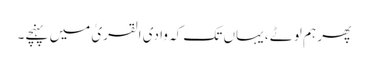
پھر ہم لوٹے ، یہاں تک کہ وادی القریٰ میں پہنچے۔